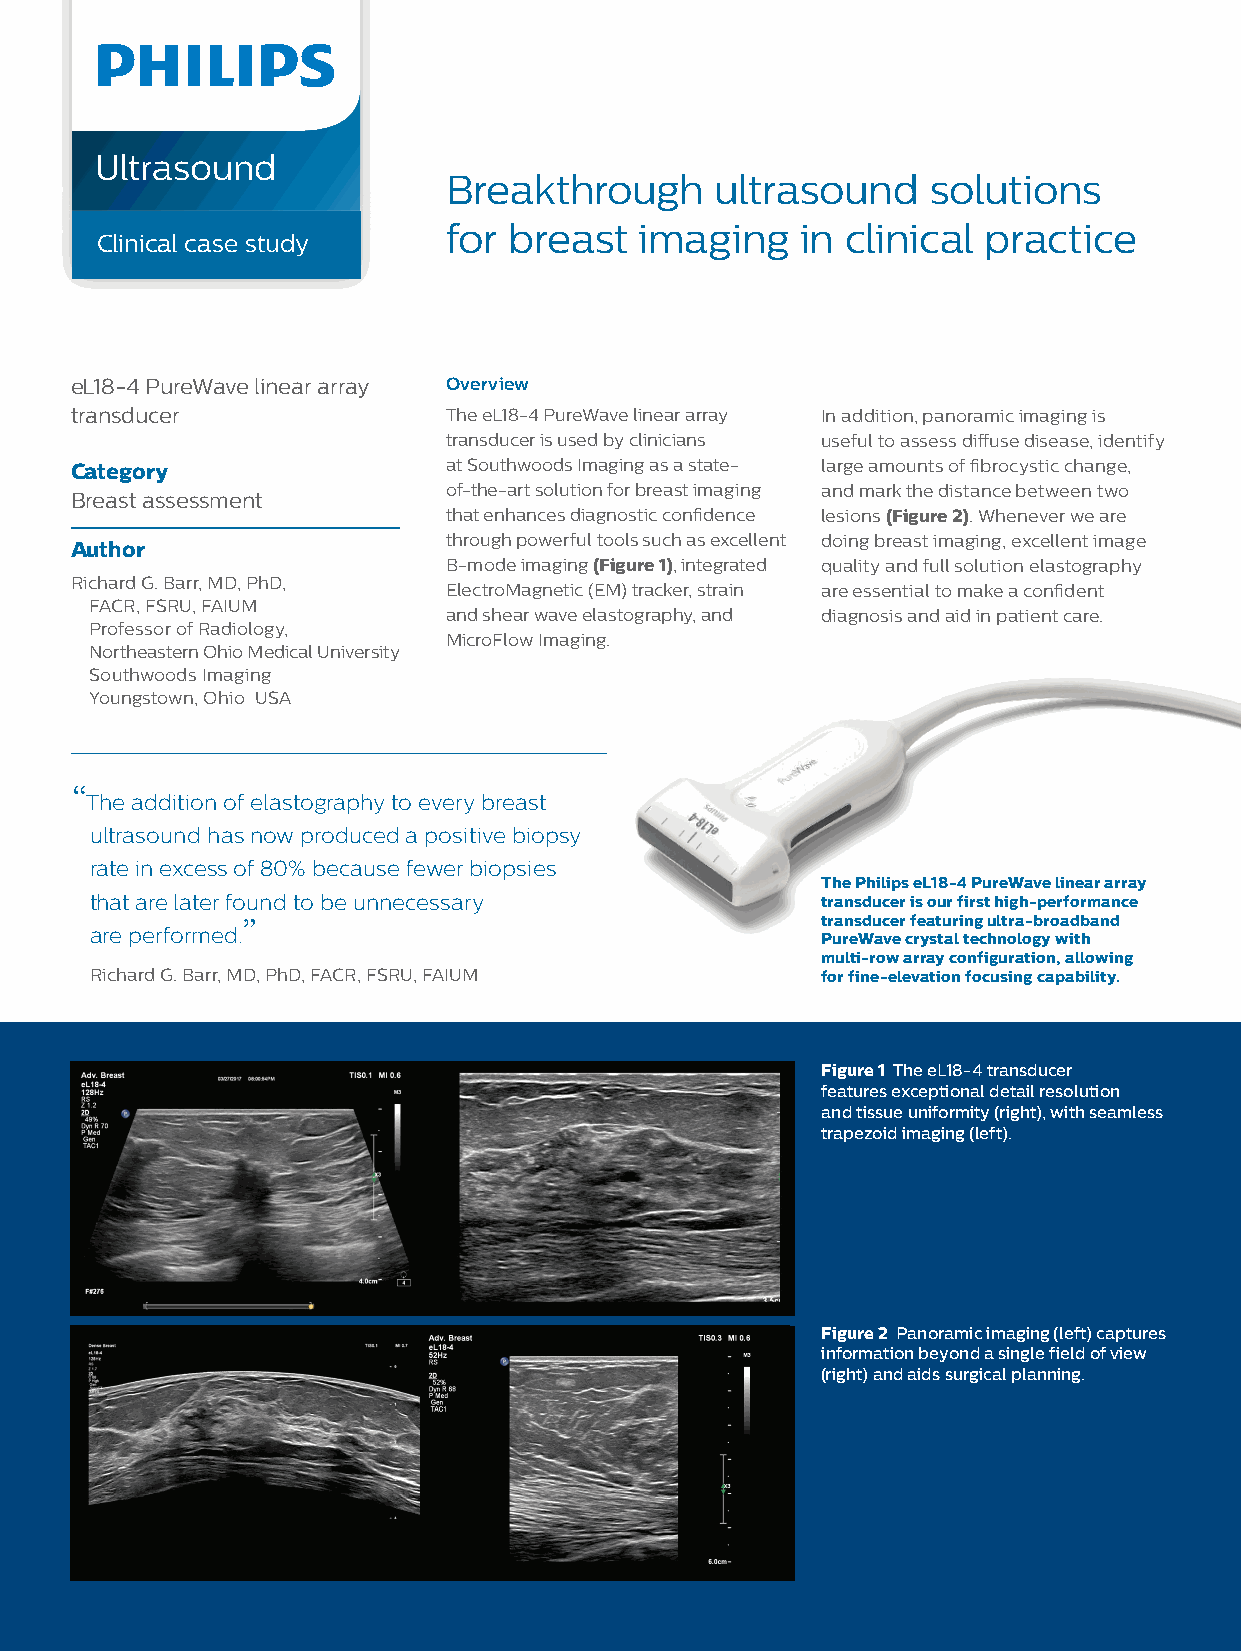
Ultrasound
 Breakthrough     ultrasound     solutions
 for breast  imaging    in clinical practice
 Clinical case study
 eL18-4 PureWave linear array Overview
 transducer               The eL18-4 PureWave linear array In addition, panoramic imaging is
 transducer is used by clinicians useful to assess diffuse disease, identify
 Category                 at Southwoods Imaging as a state- large amounts of fibrocystic change,
 of-the-art solution for breast imaging and mark the distance between two
 Breast assessment
 that enhances diagnostic confidence lesions (Figure 2). Whenever we are
 through powerful tools such as excellent doing breast imaging, excellent image
 Author
 B-mode imaging (Figure 1), integrated quality and full solution elastography
 Richard G. Barr, MD, PhD,
 ElectroMagnetic (EM) tracker, strain are essential to make a confident
 FACR, FSRU, FAIUM
 and shear wave elastography, and diagnosis and aid in patient care.
 Professor of Radiology,
 MicroFlow Imaging.
 Northeastern Ohio Medical University
 Southwoods Imaging
 Youngstown, Ohio USA
 “
 The addition of elastography to every breast
 ultrasound has now produced a positive biopsy
 rate in excess of 80% because fewer biopsies
 The Philips eL18-4 PureWave linear array
 that are later found to be unnecessary          transducer is our first high-performance
 ”                                     transducer featuring ultra-broadband
 are performed.
 PureWave crystal technology with
 multi-row array configuration, allowing
 Richard G. Barr, MD, PhD, FACR, FSRU, FAIUM     for fine-elevation focusing capability.
 Figure 1 The eL18-4 transducer
 features exceptional detail resolution
 and tissue uniformity (right), with seamless
 trapezoid imaging (left).
 Figure 2 Panoramic imaging (left) captures
 information beyond a single field of view
 (right) and aids surgical planning.